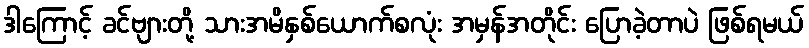
ဒါကြောင့် ခင်ဗျားတို့ သားအမိနှစ်ယောက်စလုံး အမှန်အတိုင်း ပြောခဲ့တာပဲ ဖြစ်ရမယ်